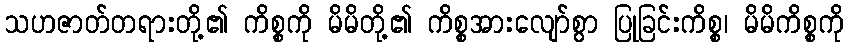
သဟဇာတ်တရားတို့၏ ကိစ္စကို မိမိတို့၏ ကိစ္စအားလျော်စွာ ပြုခြင်းကိစ္စ၊ မိမိကိစ္စကို